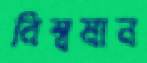
বিশ্বমান